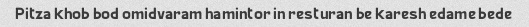
Pitza khob bod omidvaram hamintor in resturan be karesh edame bede